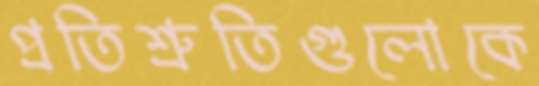
প্রতিশ্রুতিগুলোকে